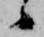
候